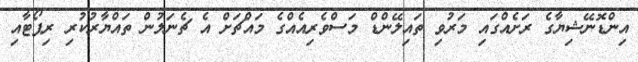
އިންޑޮނޭޝިޔާގެ ރަށެއްގައި މަރުވި ތައިލޭންޑް މަސްވެރިއެއްގެ މައްޗަށް އެ ޗެނަލުން ތައްޔާރުކުރި ރިޕޯޓާއި